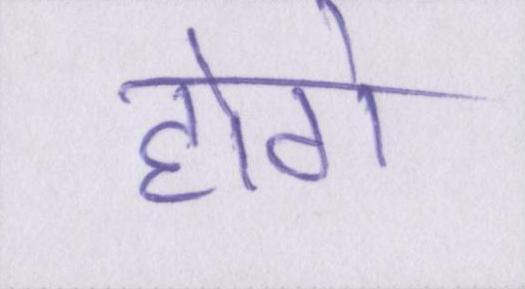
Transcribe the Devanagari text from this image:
होगे